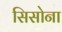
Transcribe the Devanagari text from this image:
सिसोना